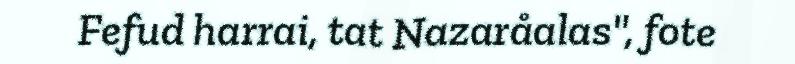
Fefud harrai, tat Nazaråalas", fote